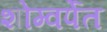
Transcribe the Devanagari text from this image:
शोम्वर्पेत